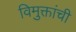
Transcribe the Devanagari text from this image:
विमुक्तांची